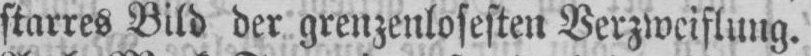
starres Bild der grenzenlosesten Verzweiflung.